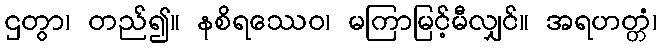
ဌတွာ၊ တည်၍။ နစိရဿေဝ၊ မကြာမြင့်မီလျှင်။ အရဟတ္တံ၊